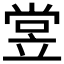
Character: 𬔢